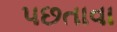
પછતાવા